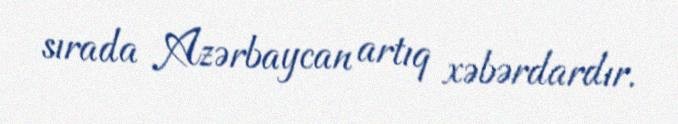
sırada Azərbaycan artıq xəbərdardır.